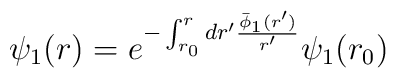
\psi_1(r) = e^{-\int_{r_0}^r dr' \frac{\bar\phi_1(r')}{r'}}\psi_1(r_0)